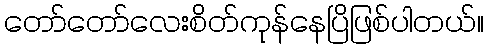
တော်တော်လေးစိတ်ကုန်နေပြိဖြစ်ပါတယ်။